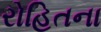
રોહિતના